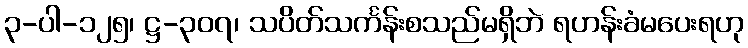
၃-ပါ-၁၂၅၊ ဋ္ဌ-၃၀၇၊ သပိတ်သင်္ကန်းစသည်မရှိဘဲ ရဟန်းခံမပေးရဟု